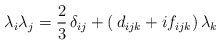
\begin{align*}\lambda_i\lambda_j=\frac{2}{3}\,\delta_{ij}+(\,d_{ijk}+if_{ijk})\,\lambda_k \end{align*}